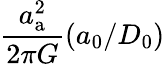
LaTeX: \frac{a_{\mathrm{a}}^{2}}{2\pi G}(a_{0}/D_{0})